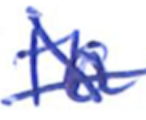
Text: to
Cross-out: cross
Writing tool: ballpoint